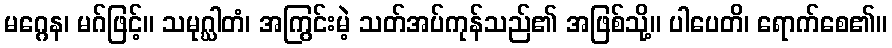
မဂ္ဂေန၊ မဂ်ဖြင့်။ သမုဂ္ဃါတံ၊ အကြွင်းမဲ့ သတ်အပ်ကုန်သည်၏ အဖြစ်သို့။ ပါပေတိ၊ ရောက်စေ၏။